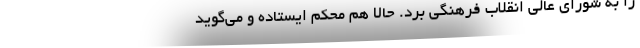
را به شورای عالی انقلاب فرهنگی برد. حالا هم محکم ایستاده و می‌گوید